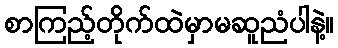
စာကြည့်တိုက်ထဲမှာမဆူညံပါနဲ့။